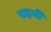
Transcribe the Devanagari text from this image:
राइमी